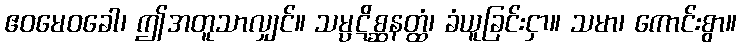
ဧဝမေဝခေါ၊ ဤအတူသာလျှင်။ သမ္ပဋိစ္ဆနတ္ထံ၊ ခံယူခြင်းငှာ။ သမာ၊ ကောင်းစွာ။